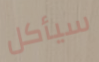
سيأكل